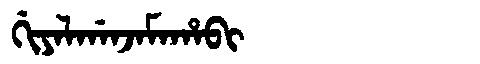
Manchu: ᡤᡳᠶᠠᠯᡤᠠᠨᠵᠠᠮᠠᡥᠠᠪᡳ
Romanization: GIYALGANJAMAHABI